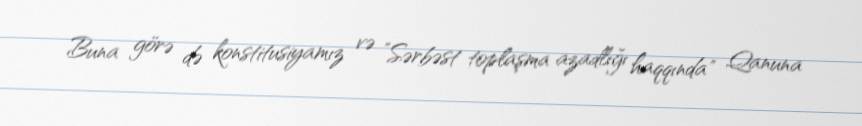
Buna görə də konstitusiyamız və ”Sərbəst toplaşma azadlığı haqqında" Qanuna